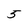
Character: 5